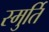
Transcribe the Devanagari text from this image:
स्मुर्ति